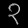
Digit: ၃